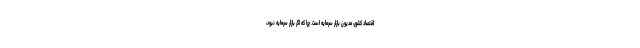
اقتصاد کشور، مدیون بازار سرمایه است. چرا که اگر بازار سرمایه نبود،